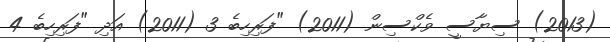
(2013) ސިޔާސީ ވެކްސިން (2011) "ފަރިހިބެ 3 (2011) އަދި "ފަރިހިބެ 4